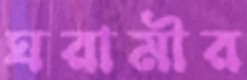
ঘরামীর